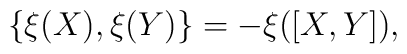
\{ \xi (X), \xi (Y) \} = - \xi ([X,Y]),